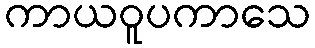
ကာယဝူပကာသေ